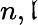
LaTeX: n,\mathfrak{l}